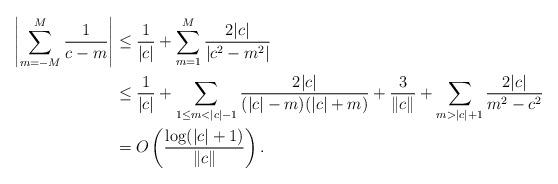
LaTeX: \begin{align*} \left| \sum_{m=-M}^M \frac{1}{c-m} \right| &\le \frac{1}{|c|} + \sum_{m=1}^M \frac{2 |c|}{|c^2 - m^2|} \\ &\le \frac{1}{|c|} + \sum_{1 \le m < |c|-1} \frac{2|c|}{(|c|-m)(|c|+m)} + \frac{3}{\left\| c \right\|} + \sum_{m>|c|+1} \frac{2 |c|}{m^2 - c^2} \\ &= O \left( \frac{\log (|c|+1)}{\left\| c \right\|} \right) . \end{align*}